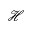
\mathcal { H }